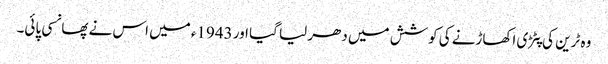
وہ ٹرین کی پٹڑی اکھاڑنے کی کوشش میں دھر لیا گیا اور 1943ء میں اس نے پھانسی پائی۔